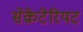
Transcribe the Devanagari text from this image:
सेक्रेटेरियट